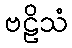
ဗဠိသံ